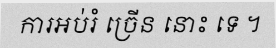
ការអប់រំ ច្រើន នោះ ទេ ។